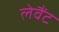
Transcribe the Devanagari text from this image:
लेवैंट